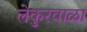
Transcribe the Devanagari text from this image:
लेकुरवाळा